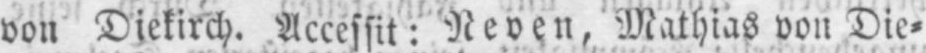
von Diekirch. Accessit: Neven, Mathias von Die⸗